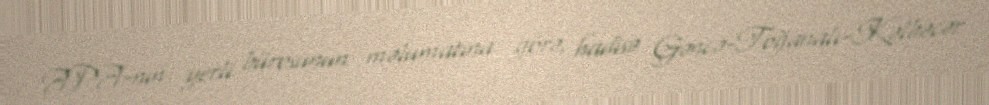
APA-nın yerli bürosunun məlumatına görə, hadisə Gəncə-Toğanalı-Kəlbəcər